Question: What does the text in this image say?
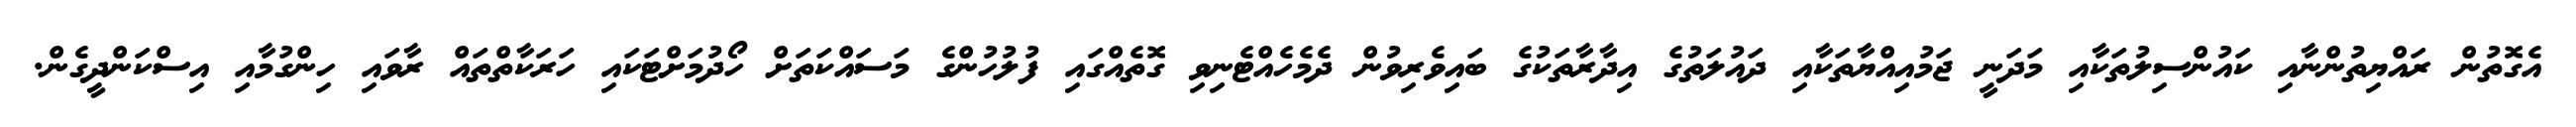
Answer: އެގޮތުން ރައްޔިތުންނާއި ކައުންސިލުތަކާއި މަދަނީ ޖަމުއިއްޔާތަކާއި ދައުލަތުގެ އިދާރާތަކުގެ ބައިވެރިވުން ދެމެހެއްޓެނިވި ގޮތެއްގައި ފުލުހުންގެ މަސައްކަތަށް ހޯދުމަށްޓަކައި ހަރަކާތްތައް ރާވައި ހިންގުމާއި އިސްކަންދީގެން.